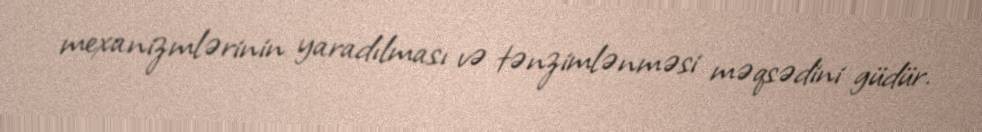
mexanizmlərinin yaradılması və tənzimlənməsi məqsədini güdür.